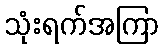
သုံးရက်အကြာ